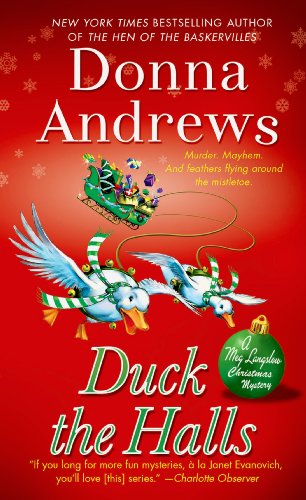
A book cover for Duck the Halls: A Meg Langslow Mystery (Meg Langslow Mysteries); Donna Andrews; Mystery, Thriller & Suspense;